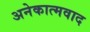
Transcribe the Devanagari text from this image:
अनेकात्मवाद